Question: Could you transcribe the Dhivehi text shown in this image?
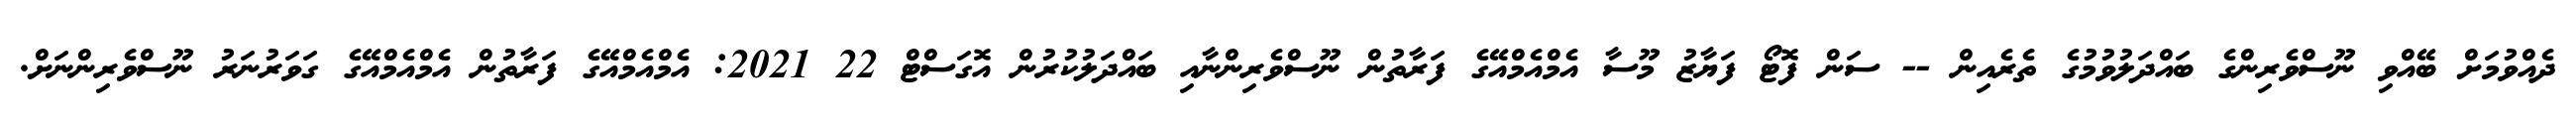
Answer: ދެއްވުމަށް ބޭއްވި ނޫސްވެރިންގެ ބައްދަލުވުމުގެ ތެރެއިން -- ސަން ފޮޓޯ ފަޔާޒު މޫސާ އެމްއެމްއޭގެ ފަރާތުން ނޫސްވެރިންނާއި ބައްދަލުކުރުން އޮގަސްޓް 22 2021: އެމްއެމްއޭގެ ފަރާތުން އެމްއެމްއޭގެ ގަވަރުނަރު ނޫސްވެރިންނަށް.